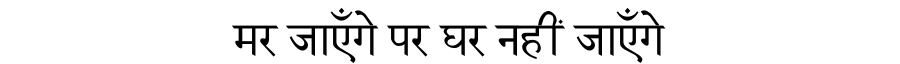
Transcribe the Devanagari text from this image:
मर जाएँगे पर घर नहीं जाएँगे